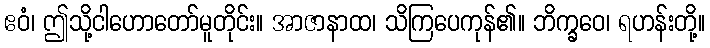
ဧဝံ၊ ဤသို့ငါဟောတော်မူတိုင်း။ အာဇာနာထ၊ သိကြပေကုန်၏။ ဘိက္ခဝေ၊ ရဟန်းတို့။